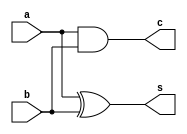
module ha(s,c,a,b);
input a,b;
output s,c;
assign s=a^b;
assign c=a&b;
endmodule 

module fa(s,c,a,b,ci);
input a,b,ci;
output s,c;
wire n1,n2,n3;
ha ha1(n1,n2,a,b);
ha ha2(s,n3,n1,ci);
or or1(c,n3,n2);
endmodule

module counter1_8bit(y,x);
input [7:0]x;
output [3:0]y;
wire n1,n2,n3,n4,n5,n6,n7,n8,n9,n10;
fa fa1(n1,n2,x[0],x[1],x[2]);
fa fa2(n3,n4,x[3],x[4],x[5]);
ha ha1(n5,n6,x[6],x[7]);
fa fa3(y[0],n7,n1,n3,n5);
fa fa4(n8,n9,n2,n4,n6);
ha ha2(y[1],n10,n7,n8);
ha ha3(y[2],y[3],n10,n9);
endmodule

module tb_counter1_8bit;
reg [7:0]x;
wire [3:0]y;
counter1_8bit counter1_8bit_tb(y,x);
integer i;
initial 
begin
for(i=0;i<8;i=i+1)
begin
x[i]=0;
end
for(i=0;i<8;i=i+1)
begin
#10 x[i]=1;
end
$monitor ("time=%d /t x=%b /t y=%b", $time,x,y);
#10 $stop;
end
endmodule

module hamming_distance(y,a,b);
input [7:0]a,b;
output [3:0]y;
reg [7:0]x;
integer i;
always @* begin
for(i=0;i<8;i=i+1)
begin
x[i]=a[i]^b[i];
end
end
counter1_8bit counter1(.y(y),.x(x));
endmodule

module tb_hamming_distance;
reg [7:0]a,b;
wire [3:0]y;
hamming_distance hamming_distance_tb(y,a,b);
initial begin
a=8'b10011010;
b=8'b10111011;
$monitor ("time=%d /t a=%b /t b=%b /t y=%b", $time,a,b,y);
#30 $stop;
end 
endmodule